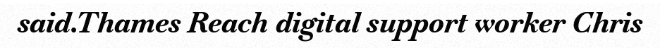
said.Thames Reach digital support worker Chris